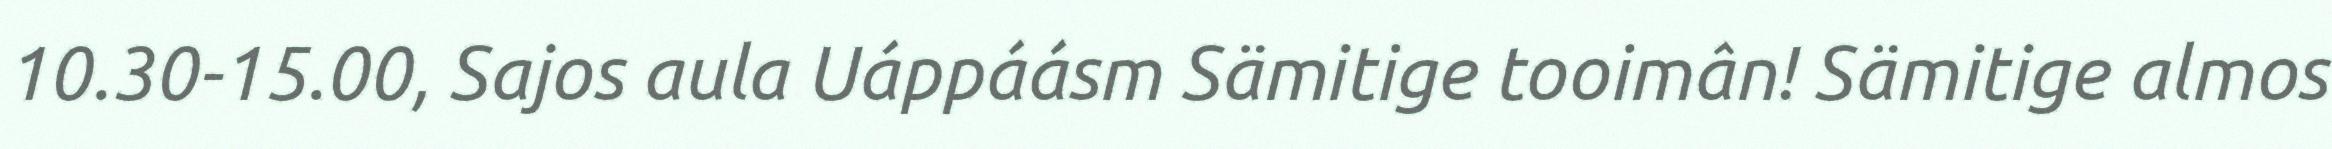
10.30-15.00, Sajos aula Uáppáásm Sämitige tooimân! Sämitige almos